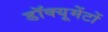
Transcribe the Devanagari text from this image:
डॉक्यूमेंटों